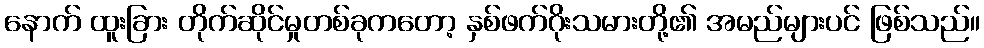
နောက် ထူးခြား တိုက်ဆိုင်မှုတစ်ခုကတော့ နှစ်ဖက်ဂိုးသမားတို့၏ အမည်များပင် ဖြစ်သည်။